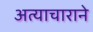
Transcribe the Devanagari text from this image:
अत्याचाराने